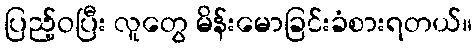
ပြည့်ဝပြီး လူတွေ မိန်းမောခြင်းခံစားရတယ်။